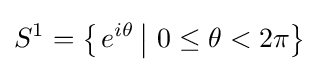
S^{1}=\left\{\left.e^{i\theta }\,\right|\,0\leq \theta <2\pi \right\}